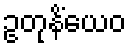
ဥတုနိံယေဝ